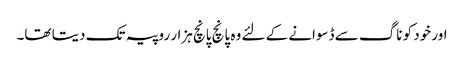
اور خود کو ناگ سے ڈسوانے کے لئے وہ پانچ پانچ ہزار روپیہ تک دیتا تھا۔